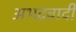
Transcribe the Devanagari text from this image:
अभद्रवादी